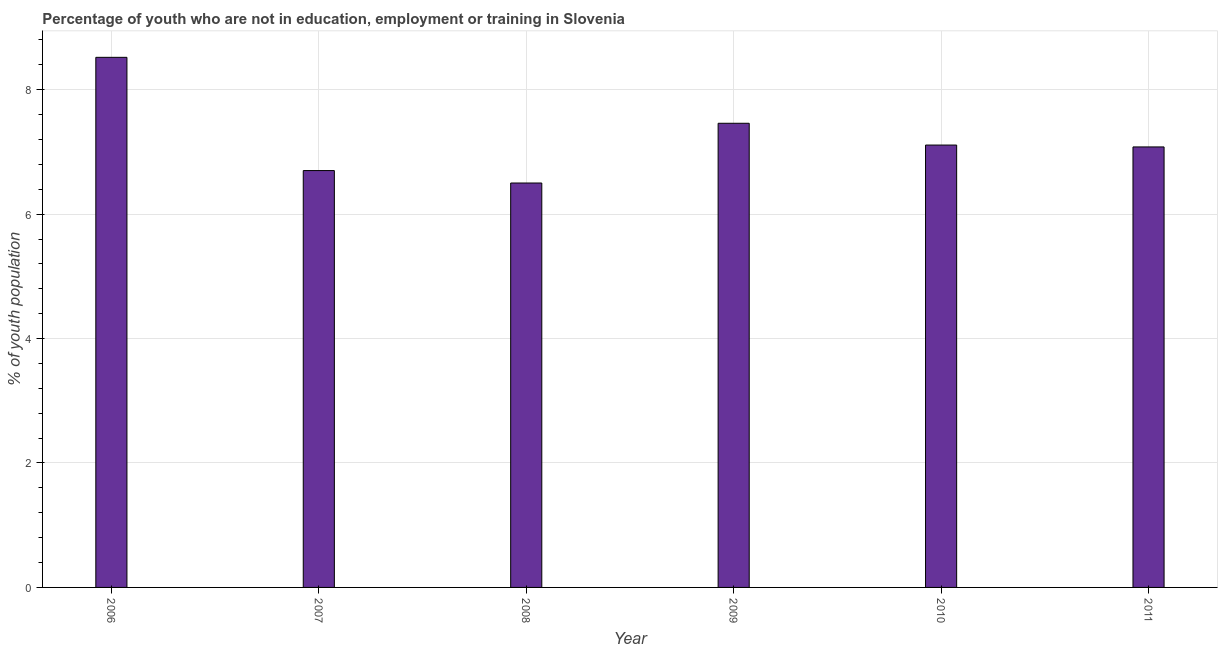
| Year | Unemployed youth |
 | --- | --- |
 | 2006 | 8.52 |
 | 2007 | 6.7 |
 | 2008 | 6.5 |
 | 2009 | 7.46 |
 | 2010 | 7.11 |
 | 2011 | 7.08 |